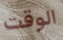
الوقت